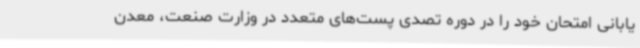
یابانی امتحان خود را در دوره تصدی پست‌های متعدد در وزارت صنعت، معدن